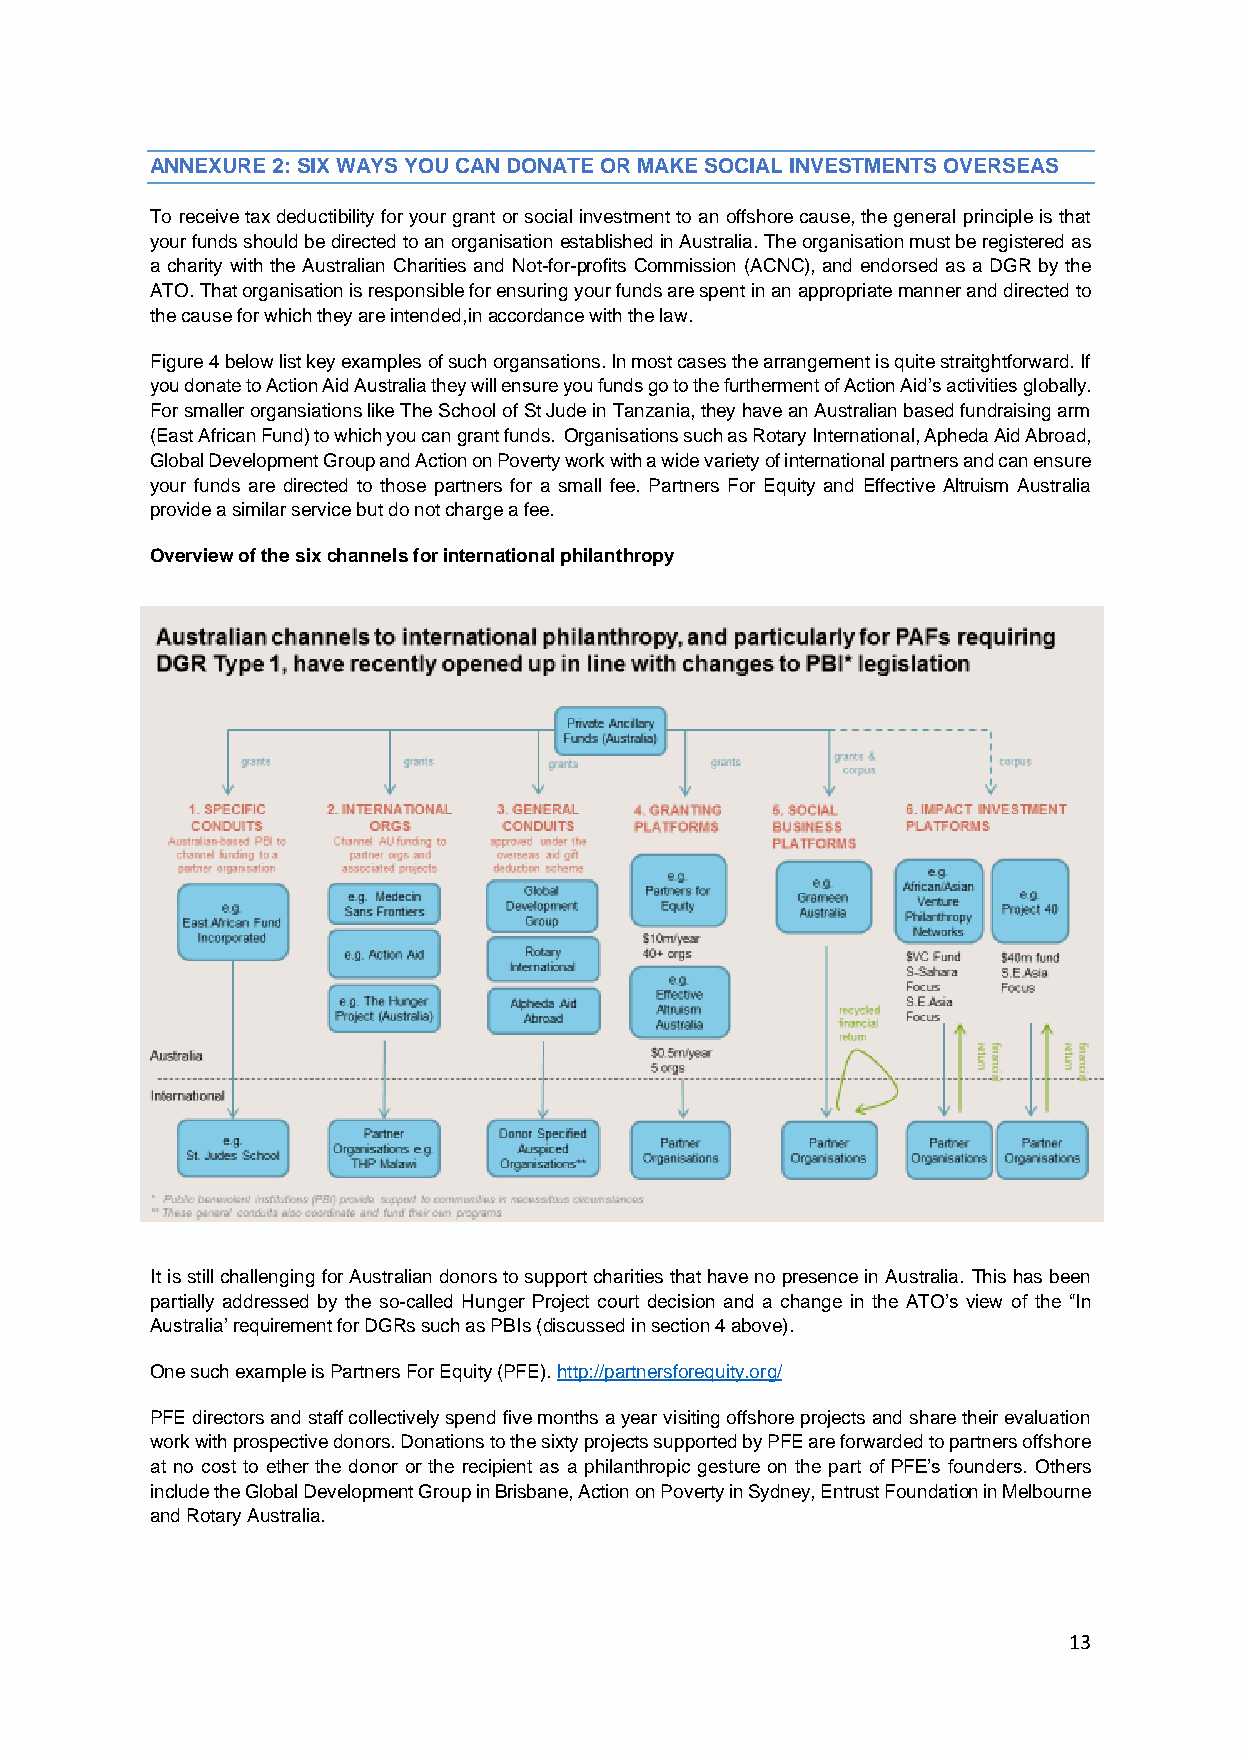
ANNEXURE 2: SIX WAYS YOU CAN DONATE OR MAKE SOCIAL INVESTMENTS OVERSEAS
 To receive tax deductibility for your grant or social investment to an offshore cause, the general principle is that
 your funds should be directed to an organisation established in Australia. The organisation must be registered as
 a charity with the Australian Charities and Not-for-profits Commission (ACNC), and endorsed as a DGR by the
 ATO. That organisation is responsible for ensuring your funds are spent in an appropriate manner and directed to
 the cause for which they are intended,in accordance with the law.
 Figure 4 below list key examples of such organsations. In most cases the arrangement is quite straitghtforward. If
 you donate to Action Aid Australia they will ensure you funds go to the furtherment of Action Aid’s activities globally.
 For smaller organsiations like The School of St Jude in Tanzania, they have an Australian based fundraising arm
 (East African Fund) to which you can grant funds. Organisations such as Rotary International, Apheda Aid Abroad,
 Global Development Group and Action on Poverty work with a wide variety of international partners and can ensure
 your funds are directed to those partners for a small fee. Partners For Equity and Effective Altruism Australia
 provide a similar service but do not charge a fee.
 Overview of the six channels for international philanthropy
 It is still challenging for Australian donors to support charities that have no presence in Australia. This has been
 partially addressed by the so-called Hunger Project court decision and a change in the ATO’s view of the “In
 Australia’ requirement for DGRs such as PBIs (discussed in section 4 above).
 One such example is Partners For Equity (PFE). http://partnersforequity.org/
 PFE directors and staff collectively spend five months a year visiting offshore projects and share their evaluation
 work with prospective donors. Donations to the sixty projects supported by PFE are forwarded to partners offshore
 at no cost to ether the donor or the recipient as a philanthropic gesture on the part of PFE’s founders. Others
 include the Global Development Group in Brisbane, Action on Poverty in Sydney, Entrust Foundation in Melbourne
 and Rotary Australia.
 13